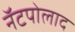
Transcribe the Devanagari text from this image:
नॅटपोलाद